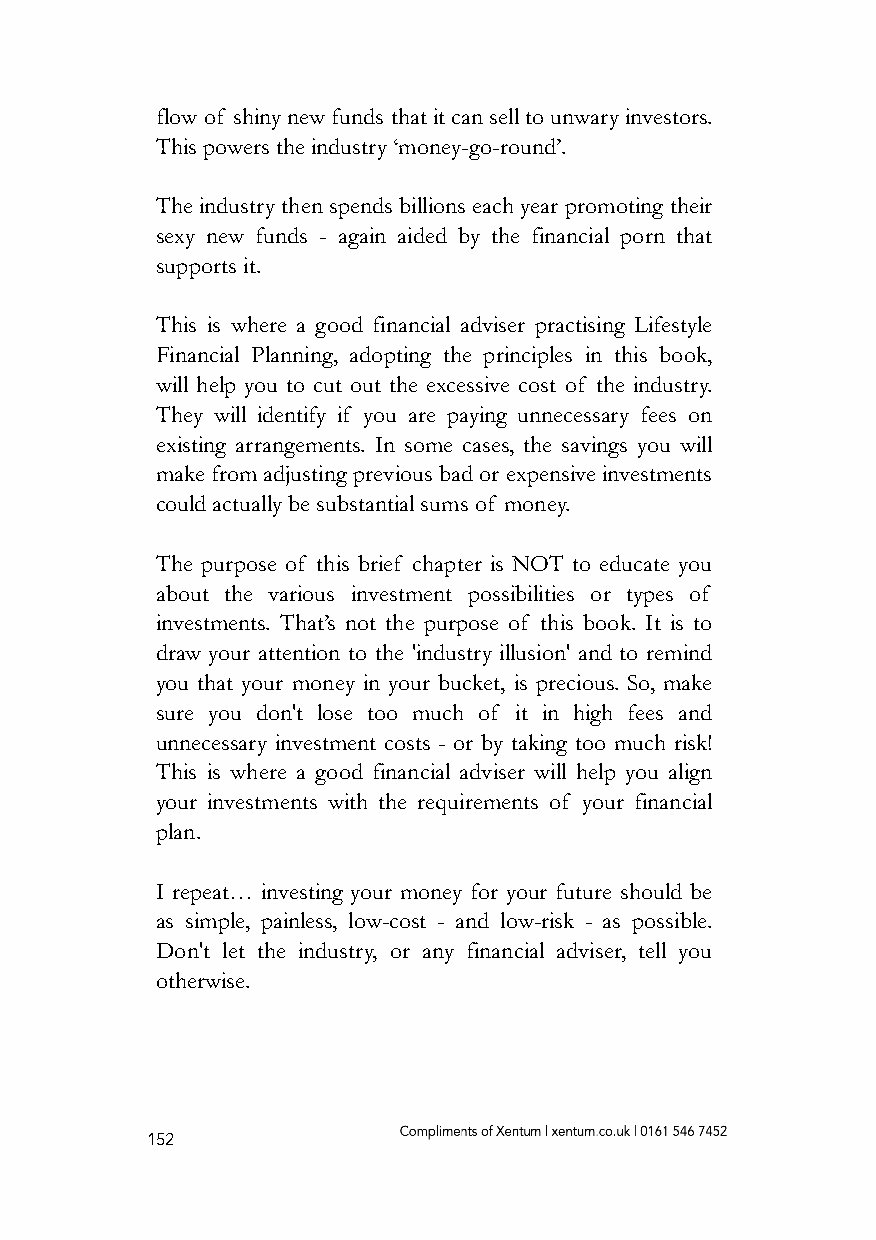
flow of shiny new funds that it can sell to unwary investors.
 This powers the industry ‘money-go-round’.
 The industry then spends billions each year promoting their
 sexy new funds - again aided by the financial porn that
 supports it.
 This is where a good financial adviser practising Lifestyle
 Financial Planning, adopting the principles in this book,
 will help you to cut out the excessive cost of the industry.
 They will identify if you are paying unnecessary fees on
 existing arrangements. In some cases, the savings you will
 make from adjusting previous bad or expensive investments
 could actually be substantial sums of money.
 The purpose of this brief chapter is NOT to educate you
 about the various investment possibilities or types of
 investments. That’s not the purpose of this book. It is to
 draw your attention to the 'industry illusion' and to remind
 you that your money in your bucket, is precious. So, make
 sure you don't lose too much of it in high fees and
 unnecessary investment costs - or by taking too much risk!
 This is where a good financial adviser will help you align
 your investments with the requirements of your financial
 plan.
 I repeat… investing your money for your future should be
 as simple, painless, low-cost - and low-risk - as possible.
 Don't let the industry, or any financial adviser, tell you
 otherwise.
 152